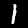
Label: 1